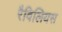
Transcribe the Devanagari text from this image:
रैविलियस